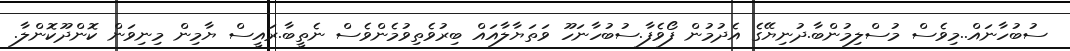
ސުބުހާނައް..މިވެސް މުސްލިމުންބާ.ދުނިޔޭގެ އެދުމުން ފޯވެފާ.ސުބުހާނަހޫ ވަތަޔާލާއައް ބިރުވެތިވުމެންވެސް ނެތީބާ.ރައީސް ޔާމިން މިނިވަަން ކޮންދޫކޮންލާ.